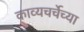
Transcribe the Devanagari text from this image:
काव्यचर्चेच्या